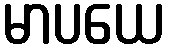
မာပယေ